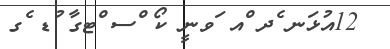
12އުޅަނ ެދ ްއ ަވނީ ކޯ ްސ ްޓގާ ުޑ ެގ